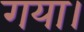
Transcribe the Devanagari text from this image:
गया।